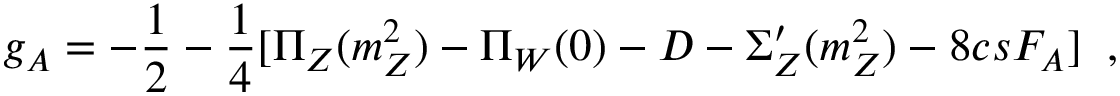
g _ { A } = - \frac { 1 } { 2 } - \frac { 1 } { 4 } [ \Pi _ { Z } ( m _ { Z } ^ { 2 } ) - \Pi _ { W } ( 0 ) - D - \Sigma _ { Z } ^ { \prime } ( m _ { Z } ^ { 2 } ) - 8 c s F _ { A } ] \; \; ,